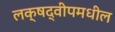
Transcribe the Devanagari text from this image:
लक्षद्वीपमधील